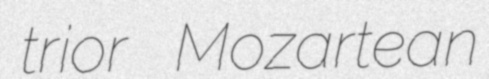
trior Mozartean